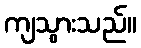
ကျသွားသည်။